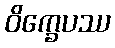
ဝိက္ခေပဿ